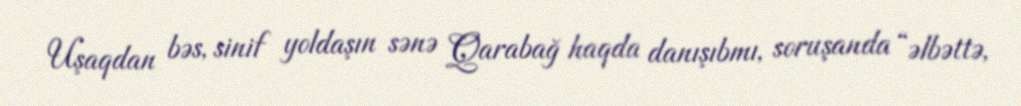
Uşaqdan bəs, sinif yoldaşın sənə Qarabağ haqda danışıbmı, soruşanda “əlbəttə,